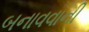
બનાવવાની